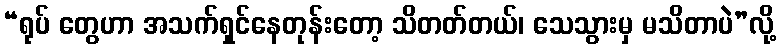
“ရုပ် တွေဟာ အသက်ရှင်နေတုန်းတော့ သိတတ်တယ်၊ သေသွားမှ မသိတာပဲ”လို့